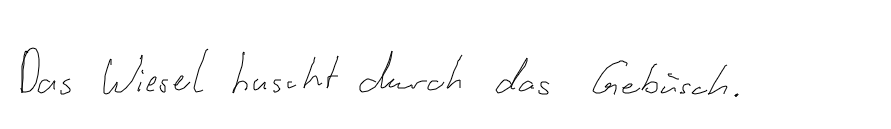
Das Wiesel huscht durch das Gebüsch.